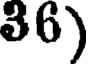
36)